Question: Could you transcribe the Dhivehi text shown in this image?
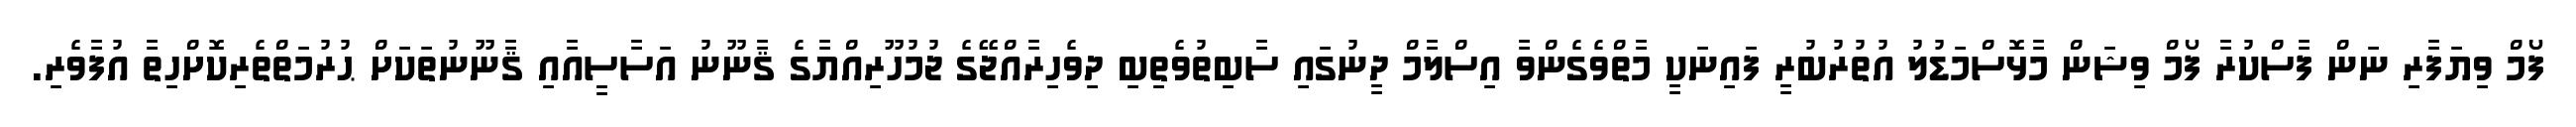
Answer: ފޯމް ވިޔަފާރި ނަން ފާސްކުރާ ފޯމް ވިޝަން މާޅޮސްމަޑުލު އުތުރުބުރީ ފައިނަކީ މާތްވެގެންވާ އިސްލާމް ދީނުގައި ސާބިތުވެތިބި ދިވެހިރާއްޖޭގެ ޖުމުހޫރިއްޔާގެ ޤާނޫނު އަސާސީއާއި ޤާނޫނުތަކަށް ޙުރުމަތްތެރިކޮށްހިތާ އުފާވެރި.